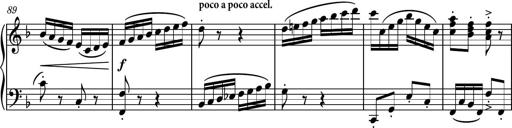
Title: Piano Sonatina No.8
Composer: Dimitri Sykias
Key: F major